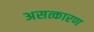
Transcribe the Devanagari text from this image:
असत्कारण